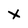
Character: x